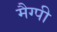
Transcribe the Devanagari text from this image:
मैग्पी